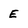
Character: E